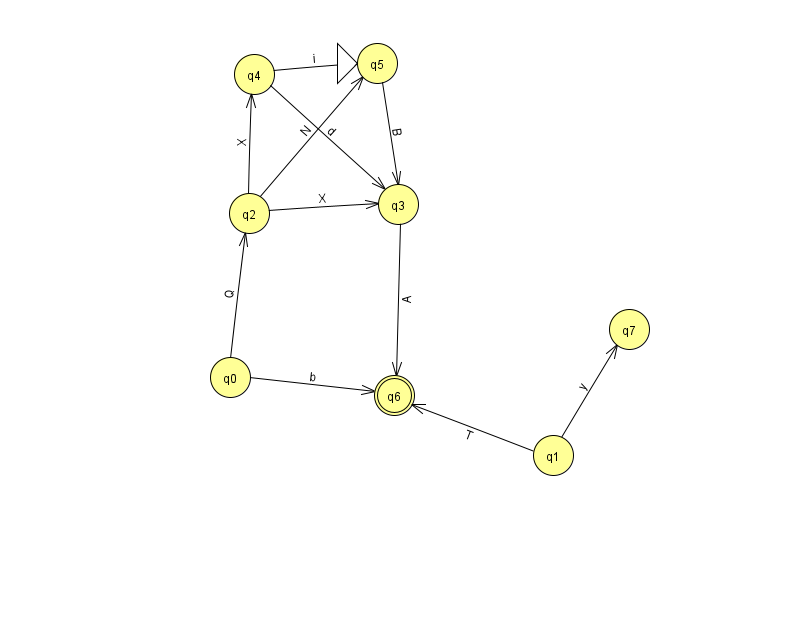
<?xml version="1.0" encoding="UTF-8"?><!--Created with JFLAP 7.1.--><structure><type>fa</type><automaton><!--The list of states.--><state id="0" name="q0"><x>230.0</x><y>364.0</y></state><state id="1" name="q1"><x>553.0</x><y>442.0</y></state><state id="2" name="q2"><x>249.0</x><y>200.0</y></state><state id="3" name="q3"><x>398.0</x><y>191.0</y></state><state id="4" name="q4"><x>254.0</x><y>61.0</y></state><state id="5" name="q5"><x>377.0</x><y>50.0</y><initial/></state><state id="6" name="q6"><x>394.0</x><y>382.0</y><final/></state><state id="7" name="q7"><x>629.0</x><y>316.0</y></state><!--The list of transitions.--><transition><from>1</from><to>7</to><read>y</read></transition><transition><from>2</from><to>4</to><read>X</read></transition><transition><from>0</from><to>2</to><read>Q</read></transition><transition><from>1</from><to>6</to><read>T</read></transition><transition><from>2</from><to>5</to><read>N</read></transition><transition><from>2</from><to>3</to><read>X</read></transition><transition><from>0</from><to>6</to><read>b</read></transition><transition><from>4</from><to>5</to><read>i</read></transition><transition><from>5</from><to>3</to><read>B</read></transition><transition><from>3</from><to>6</to><read>A</read></transition><transition><from>4</from><to>3</to><read>d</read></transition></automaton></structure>